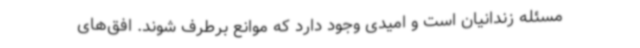
مسئله زندانیان است و امیدی وجود دارد که موانع برطرف شوند. افق‌های